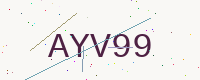
Text: AYV99